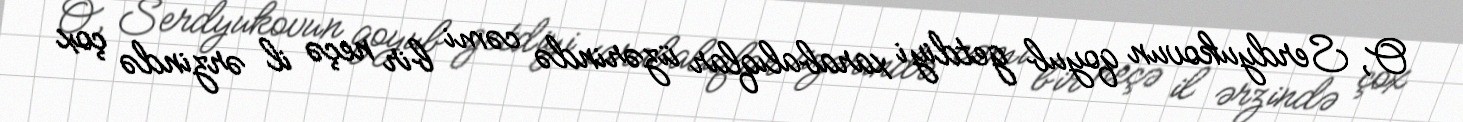
O, Serdyukovun qoyub getdiyi xarabalıqlar üzərində cəmi bir neçə il ərzində çox